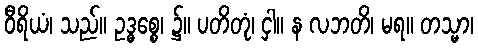
ဝီရိယံ၊ သည်။ ဥဒ္ဓစ္စေ၊ ၌။ ပတိတုံ၊ ငှါ။ န လဘတိ၊ မရ။ တသ္မာ၊